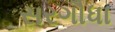
સરગૌધા